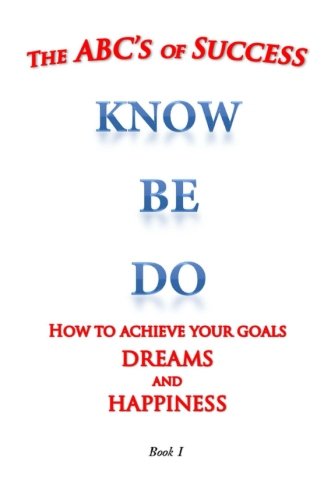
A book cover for the ABC's of Success Know Be Do: How to achieve your goals  dreams and happiness (Volume 1); Mr. William Medina; Teen & Young Adult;